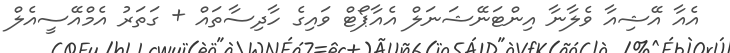
އެއާ އޭޝިއާ ވެލާނާ އިންޓަނޭޝަނަލް އެއާޕޯޓް ވައިގެ ހާދިސާތައް + ގަތަރު އެމްއޭސީއެލް